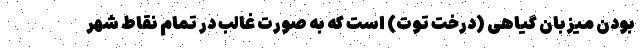
بودن میزبان گیاهی (درخت توت) است که به صورت غالب در تمام نقاط شهر